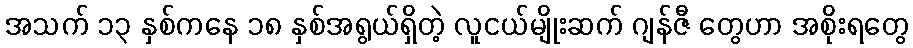
အသက် ၁၃ နှစ်ကနေ ၁၈ နှစ်အရွယ်ရှိတဲ့ လူငယ်မျိုးဆက် ဂျန်ဇီ တွေဟာ အစိုးရတွေ